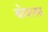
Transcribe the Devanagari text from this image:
बोयानस